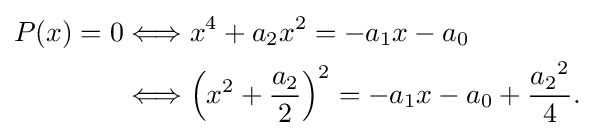
{\begin{aligned}P(x)=0&\Longleftrightarrow x^{4}+a_{2}x^{2}=-a_{1}x-a_{0}\\&\Longleftrightarrow \left(x^{2}+{\frac {a_{2}}{2}}\right)^{2}=-a_{1}x-a_{0}+{\frac {{a_{2}}^{2}}{4}}.\end{aligned}}